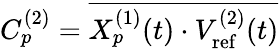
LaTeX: C_{p}^{(2)}=\overline{{X_{p}^{(1)}(t)\cdot V_{\mathrm{ref}}^{(2)}(t)}}